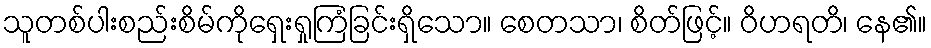
သူတစ်ပါးစည်းစိမ်ကိုရှေးရှုကြံခြင်းရှိသော။ စေတသာ၊ စိတ်ဖြင့်။ ဝိဟရတိ၊ နေ၏။